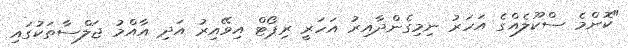
"ކޮންމެ ސްކޫލެއްގެ އަހަރު ނިމިގެންދާއިރު އަހަރީ ރިޕޯޓް އިވޭއިރު އަދި އާއްމު ޖަލްސާތަކުގައި